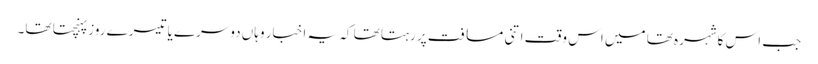
جب اس کاشہرہ تھا میں اس وقت اتنی مسافت پر رہتا تھا کہ یہ اخبار وہاں دوسرے یا تیسرے روز پہنچتا تھا۔